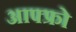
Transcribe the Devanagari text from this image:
आफ्फ्रो